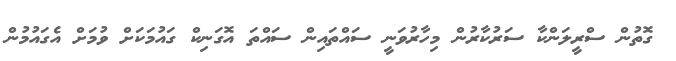
ގޮތުން ސްރީލަންކާ ސަރުކާރުން މިހާރުވަނީ ސައްތައިން ސައްތަ އޮގަނިކް ގައުމަކަށް ވުމަށް އެގައުމުން